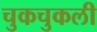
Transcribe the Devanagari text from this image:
चुकचुकली